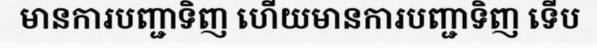
មានការបញ្ជាទិញ ហើយមានការបញ្ជាទិញ ទើប